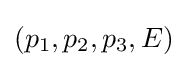
(p_{1},p_{2},p_{3},E)